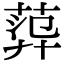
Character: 𦴮